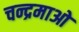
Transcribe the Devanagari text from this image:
चन्द्रमाओ